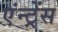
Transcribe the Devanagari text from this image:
एंन्ट्रेंस